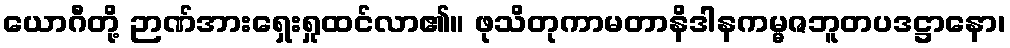
ယောဂီတို့ ဉာဏ်အားရှေးရှုထင်လာ၏။ ဖုသိတုကာမတာနိဒါနကမ္မဇဘူတပဒဋ္ဌာနော၊